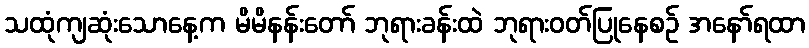
သထုံကျဆုံးသောနေ့က မိမိနန်းတော် ဘုရားခန်းထဲ ဘုရားဝတ်ပြုနေစဉ် အနော်ရထာ